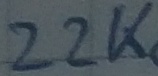
Text: 22K